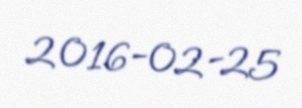
2016-02-25